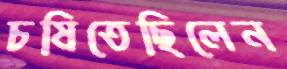
চষিতেছিলেন